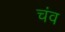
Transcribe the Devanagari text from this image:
चंव